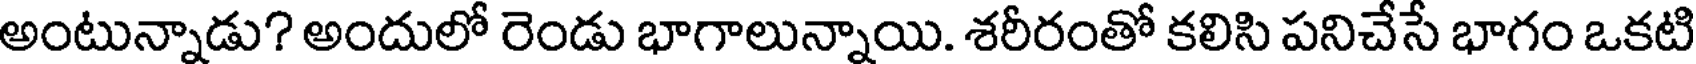
అంటున్నాడు? అందులో రెండు భాగాలున్నాయి. శరీరంతో కలిసి పనిచేసే భాగం ఒకటి